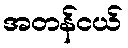
အတန်ငယ်